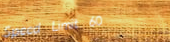
Speed Limit 60